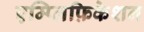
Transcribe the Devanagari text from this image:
एम्प्लिफ़िकेशन